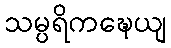
သမ္ပရိကဍ္ဎေယျ